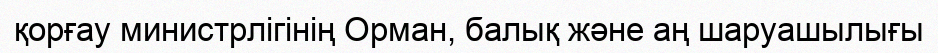
қорғау министрлігінің Орман, балық және аң шаруашылығы